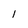
Character: 1